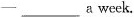
—___a week.